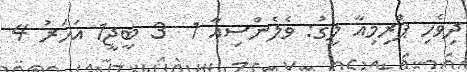
ދިވެހި ޕްރިމިއާ ލީގު: ވެލެންސިއާ 1  3 ބީޖީ1 އަހަރު 4